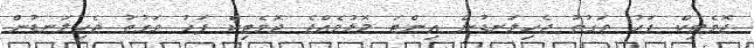
ޖޮވެޓިކް ފަހު ވަގުތު ޖެހިލަނޑުން އިންޓަ މޮޅުވެއްޖެ ޖޮވެޓިކް ފަހު ވަގުތު ޖެހިލަނޑުން